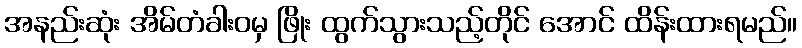
အနည်းဆုံး အိမ်တံခါးဝမှ ဖြိုး ထွက်သွားသည့်တိုင် အောင် ထိန်းထားရမည်။